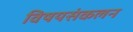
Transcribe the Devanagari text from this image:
विषयसंकलन